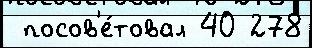
 посов'е́товал 40 278